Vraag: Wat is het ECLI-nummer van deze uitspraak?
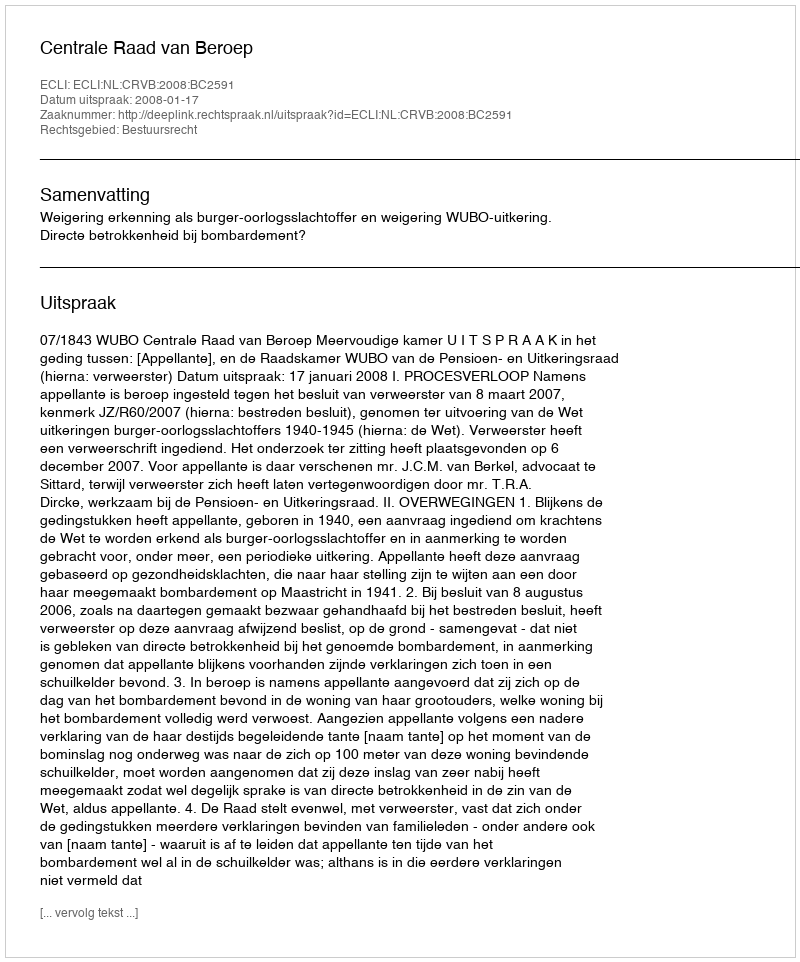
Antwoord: ECLI:NL:CRVB:2008:BC2591